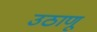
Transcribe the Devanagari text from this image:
उठाणू